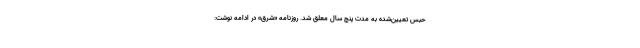
حبس تعیین‌شده به مدت پنج سال معلق شد. روزنامه «شرق» در ادامه نوشت: